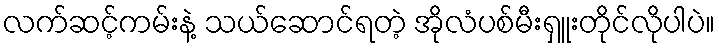
လက်ဆင့်ကမ်းနဲ့ သယ်ဆောင်ရတဲ့ အိုလံပစ်မီးရှူးတိုင်လိုပါပဲ။